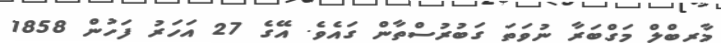
މާރބްލް މަގްބަރާ ނުވަތަ ގަބުރުސްތާން ގައެވެ. އޭގެ 27 އަހަރު ފަހުން 1858